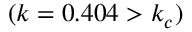
( k = 0 . 4 0 4 > k _ { c } )